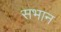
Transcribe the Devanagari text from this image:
सभान